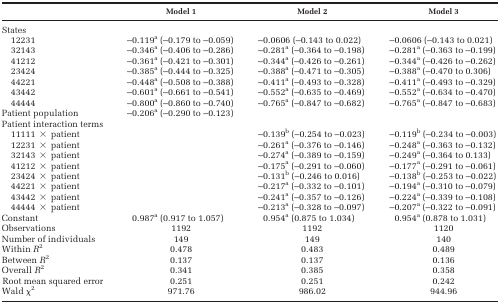
<table><thead><tr><td></td><td><b>Model 1</b></td><td><b>Model 2</b></td><td><b>Model 3</b></td></tr></thead><tbody><tr><td colspan="4">States</td></tr><tr><td> 12231</td><td>−0.119<sup>a</sup> (–0.179 to −0.059)</td><td>−0.0606 (–0.143 to 0.022)</td><td>−0.0606 (–0.143 to 0.021)</td></tr><tr><td> 32143</td><td>−0.346<sup>a</sup> (–0.406 to −0.286)</td><td>−0.281<sup>a</sup> (–0.364 to −0.198)</td><td>−0.281<sup>a</sup> (–0.363 to −0.199)</td></tr><tr><td> 41212</td><td>−0.361<sup>a</sup> (–0.421 to −0.301)</td><td>−0.344<sup>a</sup> (–0.426 to −0.261)</td><td>−0.344<sup>a</sup> (–0.426 to −0.262)</td></tr><tr><td> 23424</td><td>−0.385<sup>a</sup> (–0.444 to −0.325)</td><td>−0.388<sup>a</sup> (–0.471 to −0.305)</td><td>−0.388<sup>a</sup> (–0.470 to 0.306)</td></tr><tr><td> 44221</td><td>−0.448<sup>a</sup> (–0.508 to −0.388)</td><td>−0.411<sup>a</sup> (–0.493 to −0.328)</td><td>−0.411<sup>a</sup> (–0.493 to −0.329)</td></tr><tr><td> 43442</td><td>−0.601<sup>a</sup> (–0.661 to −0.541)</td><td>−0.552<sup>a</sup> (–0.635 to −0.469)</td><td>−0.552<sup>a</sup> (–0.634 to −0.470)</td></tr><tr><td> 44444</td><td>−0.800<sup>a</sup> (–0.860 to −0.740)</td><td>−0.765<sup>a</sup> (–0.847 to −0.682)</td><td>−0.765<sup>a</sup> (–0.847 to −0.683)</td></tr><tr><td>Patient population</td><td>−0.206<sup>a</sup> (–0.290 to −0.123)</td><td></td><td></td></tr><tr><td colspan="4">Patient interaction terms</td></tr><tr><td> 11111 × patient</td><td></td><td>−0.139<sup>b</sup> (–0.254 to −0.023)</td><td>−0.119<sup>b</sup> (–0.234 to −0.003)</td></tr><tr><td> 12231 × patient</td><td></td><td>−0.261<sup>a</sup> (–0.376 to −0.146)</td><td>−0.248<sup>a</sup> (–0.363 to −0.132)</td></tr><tr><td> 32143 × patient</td><td></td><td>−0.274<sup>a</sup> (–0.389 to −0.159)</td><td>−0.249<sup>a</sup> (–0.364 to 0.133)</td></tr><tr><td> 41212 × patient</td><td></td><td>−0.175<sup>a</sup> (–0.291 to −0.060)</td><td>−0.177<sup>a</sup> (–0.291 to −0.061)</td></tr><tr><td> 23424 × patient</td><td></td><td>−0.131<sup>b</sup> (–0.246 to 0.016)</td><td>−0.138<sup>b</sup> (–0.253 to −0.022)</td></tr><tr><td> 44221 × patient</td><td></td><td>−0.217<sup>a</sup> (–0.332 to −0.101)</td><td>−0.194<sup>a</sup> (–0.310 to −0.079)</td></tr><tr><td> 43442 × patient</td><td></td><td>−0.241<sup>a</sup> (–0.357 to −0.126)</td><td>−0.224<sup>a</sup> (–0.339 to −0.108)</td></tr><tr><td> 44444 × patient</td><td></td><td>−0.213<sup>a</sup> (–0.328 to −0.097)</td><td>−0.207<sup>a</sup> (–0.322 to −0.091)</td></tr><tr><td>Constant</td><td>0.987<sup>a</sup> (0.917 to 1.057)</td><td>0.954<sup>a</sup> (0.875 to 1.034)</td><td>0.954<sup>a</sup> (0.878 to 1.031)</td></tr><tr><td>Observations</td><td>1192</td><td>1192</td><td>1120</td></tr><tr><td>Number of individuals</td><td>149</td><td>149</td><td>140</td></tr><tr><td>Within <i>R</i><sup>2</sup></td><td>0.478</td><td>0.483</td><td>0.489</td></tr><tr><td>Between <i>R</i><sup>2</sup></td><td>0.137</td><td>0.137</td><td>0.136</td></tr><tr><td>Overall <i>R</i><sup>2</sup></td><td>0.341</td><td>0.385</td><td>0.358</td></tr><tr><td>Root mean squared error</td><td>0.251</td><td>0.251</td><td>0.242</td></tr><tr><td>Wald χ<sup>2</sup></td><td>971.76</td><td>986.02</td><td>944.96</td></tr></tbody></table>